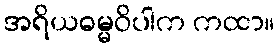
အရိယဓမ္မဝိပါက ကထာ။